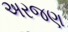
અરજણ